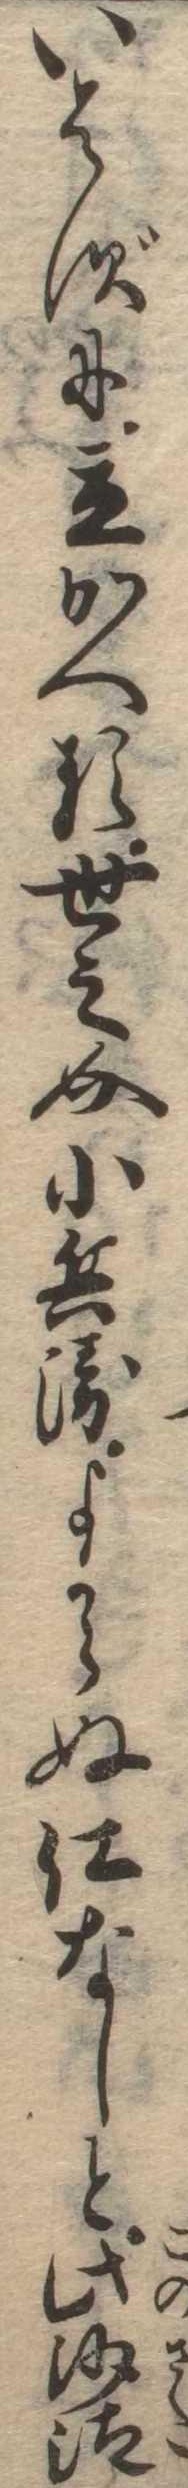
いはずに立かへる世之介小兵衛よからぬ仕なしと此沙汰